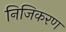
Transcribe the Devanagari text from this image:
निजिकरण